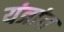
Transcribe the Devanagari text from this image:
यंत्रांत